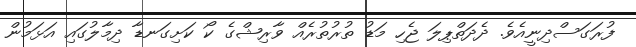
ފުރަގަސްދިނީއެވެ. ދެދަތްޕިލަ ޖެހި މަޑު ތުރުތުރެއް ވާރިޝްގެ ކޯ ކަށިގަނޑާ ދިމާލުގައި އަޅަމުން